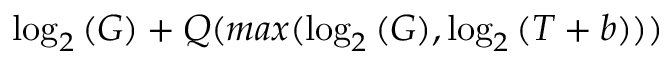
\log _ { 2 } { ( G ) } + Q ( m a x ( \log _ { 2 } { ( G ) } , \log _ { 2 } { ( T + b ) } ) )